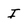
Character: I